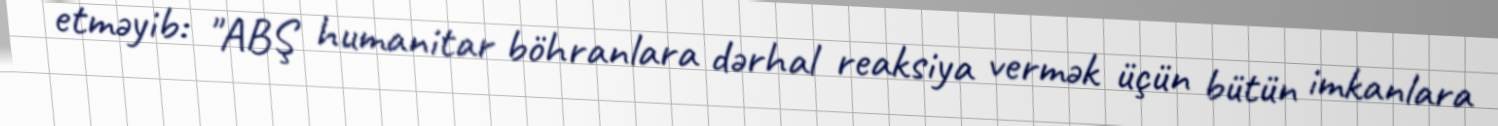
etməyib: "ABŞ humanitar böhranlara dərhal reaksiya vermək üçün bütün imkanlara